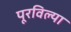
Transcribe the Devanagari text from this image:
पूरविल्या